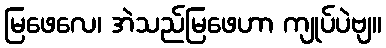
မြဖေလေ၊ အဲသည်မြဖေဟာ ကျုပ်ပဲဗျ။